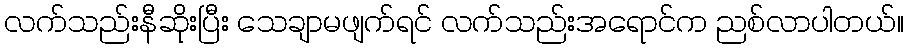
လက်သည်းနီဆိုးပြီး သေချာမဖျက်ရင် လက်သည်းအရောင်က ညစ်လာပါတယ်။